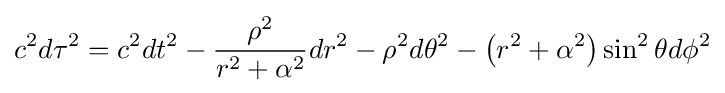
c^{2}d\tau ^{2}=c^{2}dt^{2}-{\frac {\rho ^{2}}{r^{2}+\alpha ^{2}}}dr^{2}-\rho ^{2}d\theta ^{2}-\left(r^{2}+\alpha ^{2}\right)\sin ^{2}\theta d\phi ^{2}